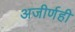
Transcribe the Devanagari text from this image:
अजीर्णही